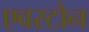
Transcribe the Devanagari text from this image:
एवरटोन